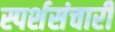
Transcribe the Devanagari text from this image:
स्पर्शसंचारी